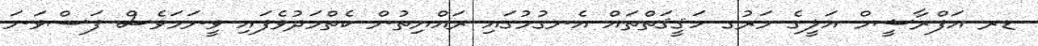
ޑރ އަފްރާޝީމް އަލީގެ މަރުގ ހަޤީޤަތްތައް އެނގުމުގައި ރައްޔިތުން ކެތްމަދުވެފައި ވީނަމަވެސް ފަސްވަނަ